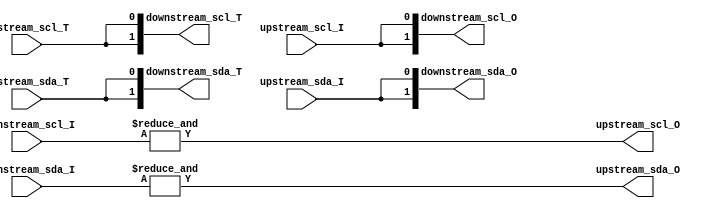
`timescale 1ns / 1ps
//////////////////////////////////////////////////////////////////////////////////
// Company:
// 
// Design Name: 
// Module Name: iic_multiplexer
// Project Name: 
// Target Devices: 
// Tool Versions: 
// Description: 
// 
// Dependencies: 
// 
// Revisions:
// Revision 1.2
// Additional Comments:
// 
//////////////////////////////////////////////////////////////////////////////////

module iic_multiplexer #
    (
        parameter integer MUX_WIDTH = 2
    ) 
    (  
        input  wire upstream_scl_T,
        input  wire upstream_scl_I,
        output wire upstream_scl_O,
        input  wire upstream_sda_T,
        input  wire upstream_sda_I,
        output wire upstream_sda_O,
        
        output wire [MUX_WIDTH - 1:0] downstream_scl_T,
        input  wire [MUX_WIDTH - 1:0] downstream_scl_I,
        output wire [MUX_WIDTH - 1:0] downstream_scl_O,
        output wire [MUX_WIDTH - 1:0] downstream_sda_T,
        input  wire [MUX_WIDTH - 1:0] downstream_sda_I,
        output wire [MUX_WIDTH - 1:0] downstream_sda_O
    );
    
    assign upstream_scl_O = &downstream_scl_I;
    assign upstream_sda_O = &downstream_sda_I;
    
    genvar k;
    generate
        for (k = 0; k <= MUX_WIDTH - 1; k = k + 1) begin: GEN
            assign downstream_scl_O[k] = upstream_scl_I;
            assign downstream_sda_O[k] = upstream_sda_I;
            assign downstream_scl_T[k] = upstream_scl_T;
            assign downstream_sda_T[k] = upstream_sda_T;        
        end
    endgenerate
        
endmodule